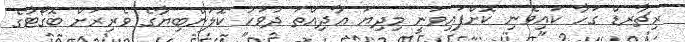
ރިޗާރޑް ގަހާ ކައިވެނި ކޮށްފައިވަނީ މިދިޔަ އާދިއްތަ ދުވަހު ކޮލަންބިޔާގެ ވެރިރަށް ބޮގޯޓާގެ